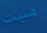
سبت